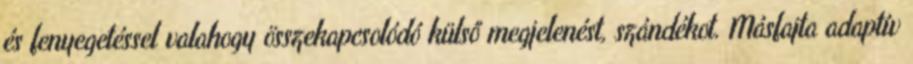
és fenyegetéssel valahogy összekapcsolódó külső megjelenést, szándékot. Másfajta adaptív